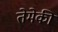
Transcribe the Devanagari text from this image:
तेमेकी